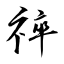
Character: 祽